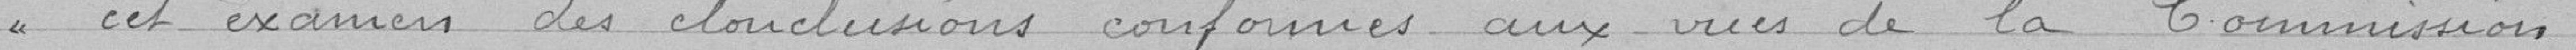
cet examen des conclusions conformes aux vues de la Commission.